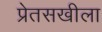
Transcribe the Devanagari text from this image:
प्रेतसखीला